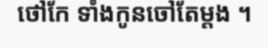
ថៅកែ ទាំងកូនចៅតែម្តង ។